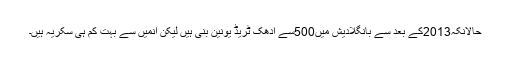
حالانکہ2013کے بعد سے بانگلادیش میں500سے ادھک ٹریڈ یونین بنی ہیں لیکن انمیں سے بہت کم ہی سکریہ ہیں۔